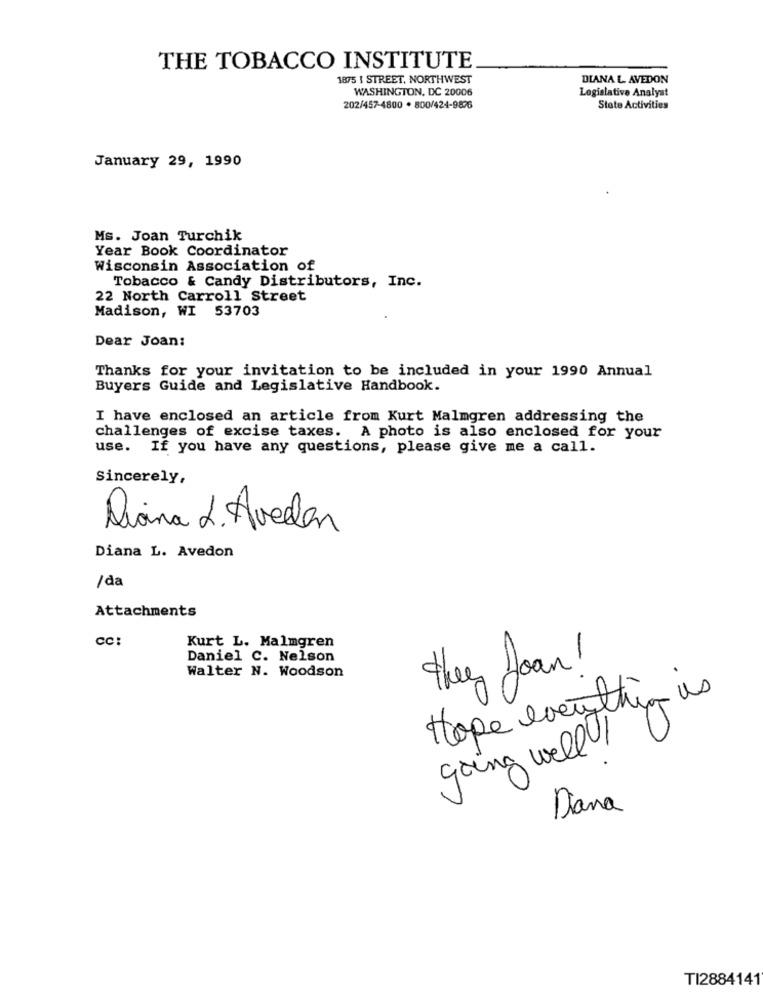
THE TOBACCO INSTITUTE
1875 I STREET, NORTHWEST
DIANA L AVEDON
WASHINGTON, DC 20006
Logialative Analyst
202/457-4800 . 800/424-9896
State Activities
January 29, 1990
Ms. Joan Turchik
Year Book Coordinator
Wisconsin Association of
Tobacco & Candy Distributors, Inc.
22 North Carroll Street
Madison, WI 53703
Dear Joan:
Thanks for your invitation to be included in your 1990 Annual
Buyers Guide and Legislative Handbook.
I have enclosed an article from Kurt Malmgren addressing the
challenges of excise taxes. A photo is also enclosed for your
use. If you have any questions, please give me a call.
Sincerely,
Diana L. Avellan
Diana L. Avedon
/da
Attachments
cc:
Kurt L. Malmgren
Daniel C. Nelson
Walter N. Woodson
they Joan!
Hope everything is
going well !
Diana
TI2884141